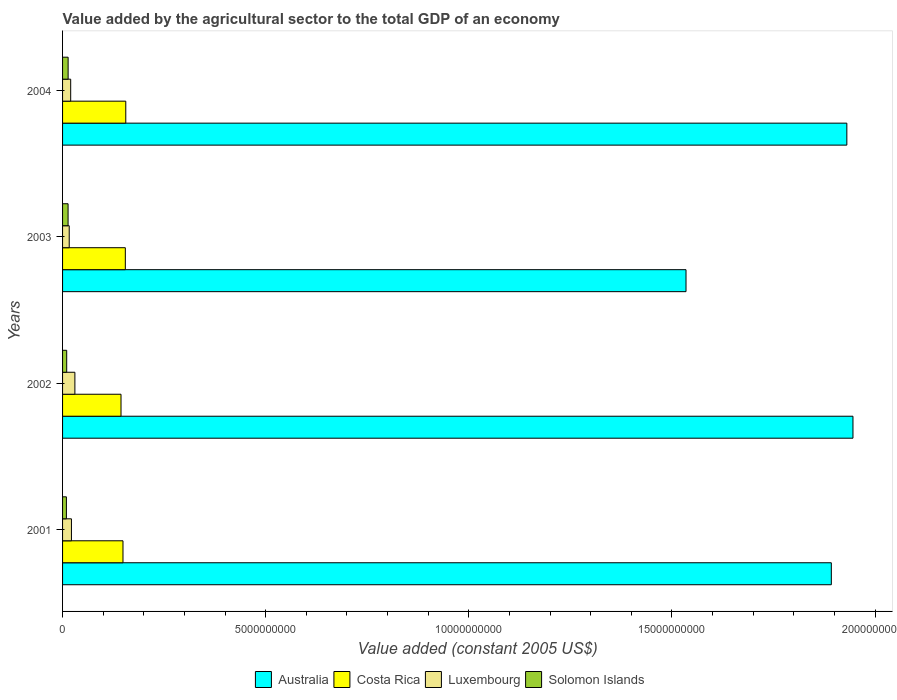
| Years | Australia | Costa Rica | Luxembourg | Solomon Islands |
 | --- | --- | --- | --- | --- |
 | 2001 | 1.89e+10 | 1.49e+09 | 2.18e+08 | 9.47e+07 |
 | 2002 | 1.95e+10 | 1.44e+09 | 3.03e+08 | 1.02e+08 |
 | 2003 | 1.53e+10 | 1.54e+09 | 1.64e+08 | 1.36e+08 |
 | 2004 | 1.93e+10 | 1.56e+09 | 2e+08 | 1.37e+08 |